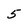
Character: 5